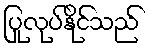
ပြုလုပ်နိုင်သည်